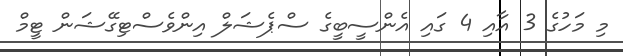
މި މަހުގެ 3 އާއި 4 ގައި އެންސީބީގެ ސްޕެޝަލް އިންވެސްޓިގޭޝަން ޓީމް